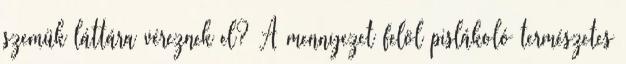
szemük láttára véreznek el? A mennyezet felöl pislákoló természetes